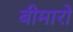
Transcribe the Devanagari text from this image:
बीमारो